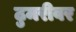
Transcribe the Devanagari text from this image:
ठुमरीवर